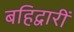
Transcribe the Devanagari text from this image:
बहिद्वारीं